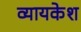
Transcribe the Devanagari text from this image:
व्यायकेश